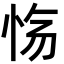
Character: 𫹽